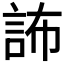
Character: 𧦞